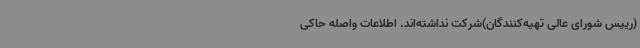
(رییس شورای عالی تهیه‌کنندگان)شرکت نداشته‌اند. اطلاعات واصله حاکی